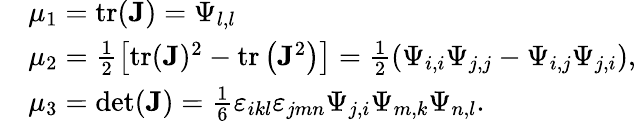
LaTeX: \begin{array}{rl}&{\mu_{1}=\operatorname{tr}(\mathbf{J})=\Psi_{l,l}}\\ &{\mu_{2}=\frac{1}{2}\left[\operatorname{tr}(\mathbf{J})^{2}-\operatorname{tr}\left(\mathbf{J}^{2}\right)\right]=\frac{1}{2}\left(\Psi_{i,i}\Psi_{j,j}-\Psi_{i,j}\Psi_{j,i}\right),}\\ &{\mu_{3}=\det(\mathbf{J})=\frac{1}{6}\varepsilon_{ikl}\varepsilon_{jmn}\Psi_{j,i}\Psi_{m,k}\Psi_{n,l}.}\end{array}